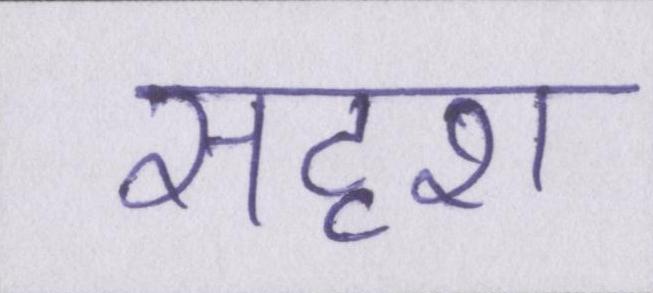
सदृश